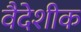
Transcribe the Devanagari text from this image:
वैदेशीक